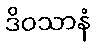
ဒိဝသာနံ